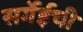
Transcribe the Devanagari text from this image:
सर्गेईची